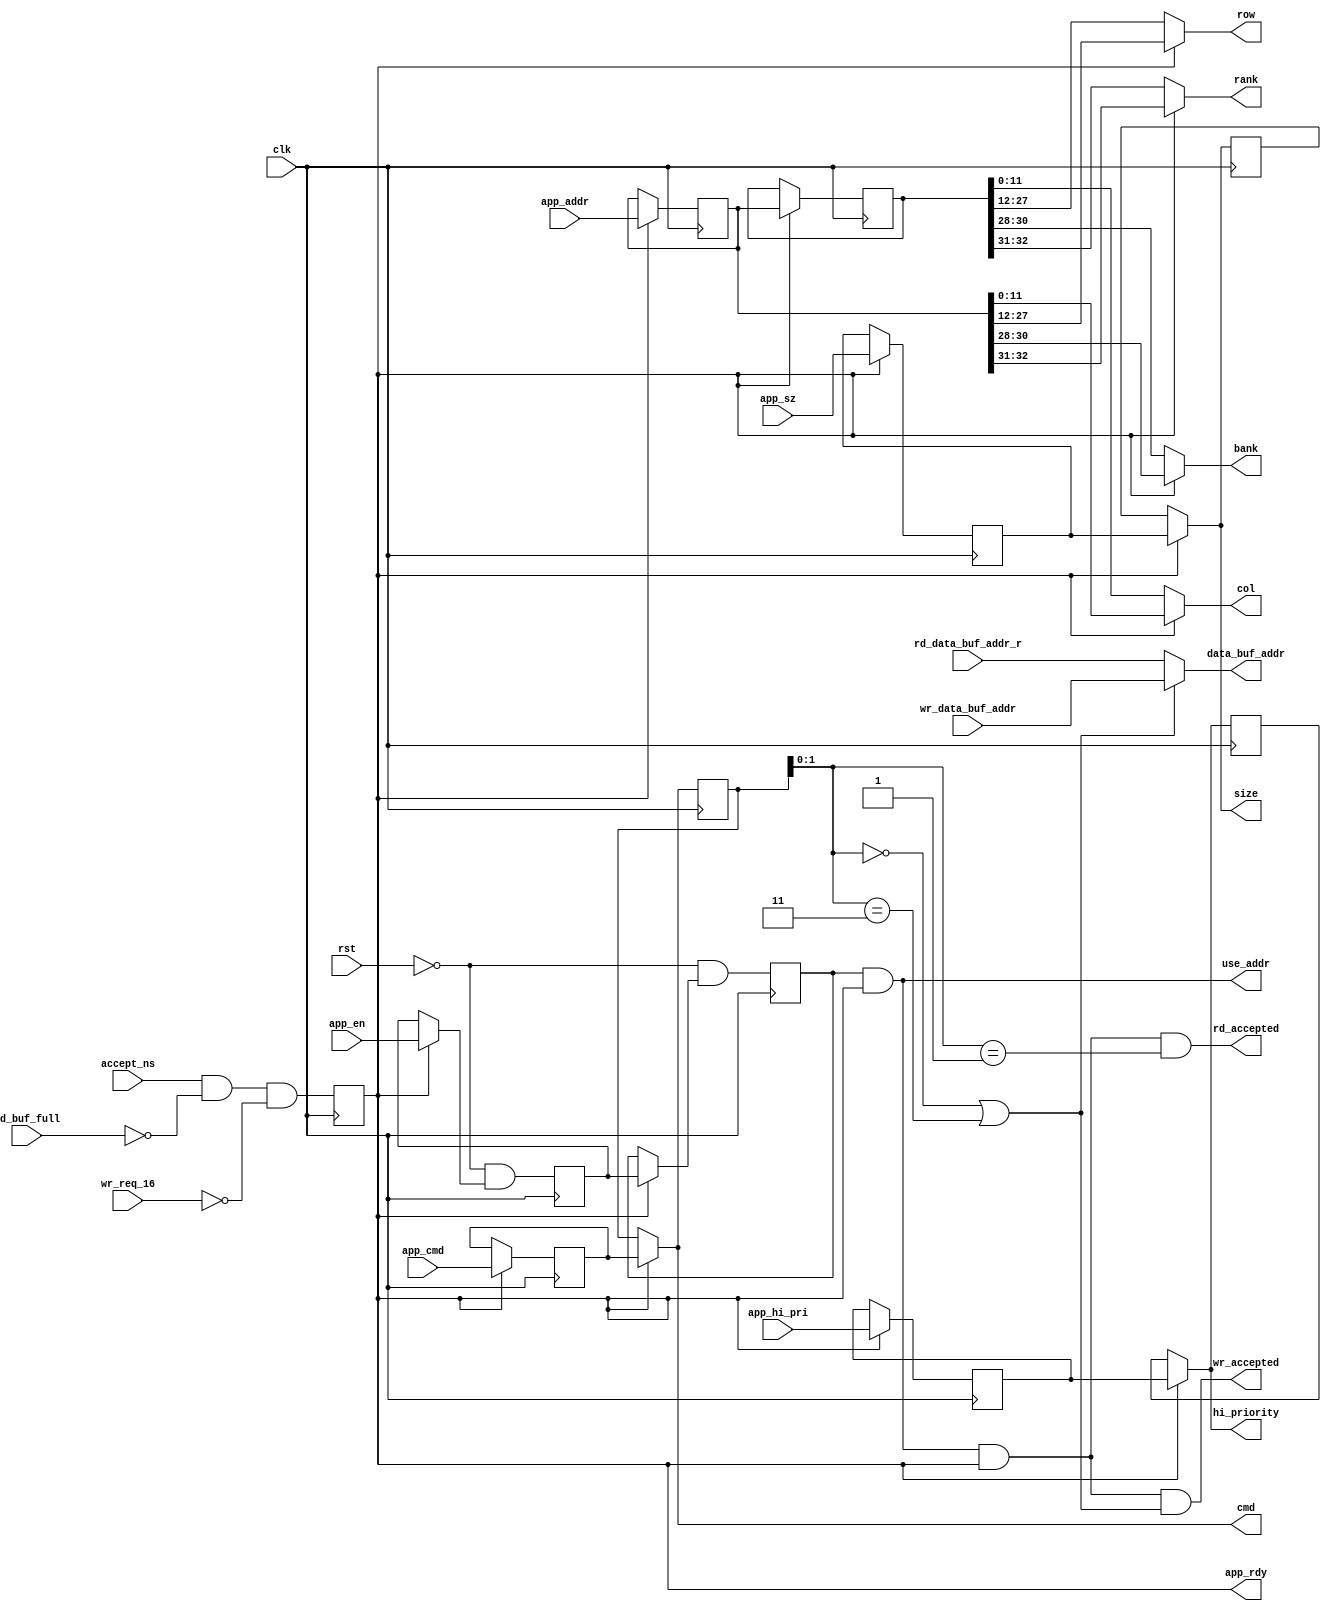
module ui_cmd #
  (
   parameter TCQ = 100,
   parameter ADDR_WIDTH         = 33,
   parameter BANK_WIDTH         = 3,
   parameter COL_WIDTH          = 12,
   parameter RANK_WIDTH         = 2,
   parameter ROW_WIDTH          = 16,
   parameter RANKS              = 4
  )
  (/*AUTOARG*/
  // Outputs
  app_rdy, use_addr, rank, bank, row, col, size, cmd, hi_priority,
  rd_accepted, wr_accepted, data_buf_addr,
  // Inputs
  rst, clk, accept_ns, rd_buf_full, wr_req_16, app_addr, app_cmd,
  app_sz, app_hi_pri, app_en, wr_data_buf_addr, rd_data_buf_addr_r
  );

  input rst;
  input clk;

  input accept_ns;
  input rd_buf_full;
  input wr_req_16;
  wire app_rdy_ns = accept_ns && ~rd_buf_full && ~wr_req_16;
  reg app_rdy_r;
  always @(posedge clk) app_rdy_r <= #TCQ app_rdy_ns;
  output wire app_rdy;
  assign app_rdy = app_rdy_r;

  input [ADDR_WIDTH-1:0] app_addr;
  input [2:0] app_cmd;
  input app_sz;
  input app_hi_pri;
  input app_en;

  reg [ADDR_WIDTH-1:0] app_addr_r1;
  reg [ADDR_WIDTH-1:0] app_addr_r2;
  reg [2:0] app_cmd_r1;
  reg [2:0] app_cmd_r2;
  reg app_sz_r1;
  reg app_sz_r2;
  reg app_hi_pri_r1;
  reg app_hi_pri_r2;
  reg app_en_r1;
  reg app_en_r2;

  wire [ADDR_WIDTH-1:0] app_addr_ns1 = app_rdy_r ? app_addr : app_addr_r1;
  wire [ADDR_WIDTH-1:0] app_addr_ns2 = app_rdy_r ? app_addr_r1 : app_addr_r2;
  wire [2:0] app_cmd_ns1 = app_rdy_r ? app_cmd : app_cmd_r1;
  wire [2:0] app_cmd_ns2 = app_rdy_r ? app_cmd_r1 : app_cmd_r2;
  wire app_sz_ns1 = app_rdy_r ? app_sz : app_sz_r1;
  wire app_sz_ns2 = app_rdy_r ? app_sz_r1 : app_sz_r2;
  wire app_hi_pri_ns1 = app_rdy_r ? app_hi_pri : app_hi_pri_r1;
  wire app_hi_pri_ns2 = app_rdy_r ? app_hi_pri_r1 : app_hi_pri_r2;
  wire app_en_ns1 = ~rst && (app_rdy_r ? app_en : app_en_r1);
  wire app_en_ns2 = ~rst && (app_rdy_r ? app_en_r1 : app_en_r2);

  always @(posedge clk) begin
    app_addr_r1 <= #TCQ app_addr_ns1;
    app_addr_r2 <= #TCQ app_addr_ns2;
    app_cmd_r1 <= #TCQ app_cmd_ns1;
    app_cmd_r2 <= #TCQ app_cmd_ns2;
    app_sz_r1 <= #TCQ app_sz_ns1;
    app_sz_r2 <= #TCQ app_sz_ns2;
    app_hi_pri_r1 <= #TCQ app_hi_pri_ns1;
    app_hi_pri_r2 <= #TCQ app_hi_pri_ns2;
    app_en_r1 <= #TCQ app_en_ns1;
    app_en_r2 <= #TCQ app_en_ns2;
  end // always @ (posedge clk)

  wire use_addr_lcl = app_en_r2 && app_rdy_r;
  output wire use_addr;
  assign use_addr = use_addr_lcl;

  output wire [RANK_WIDTH-1:0] rank;
  output wire [BANK_WIDTH-1:0] bank;
  output wire [ROW_WIDTH-1:0] row;
  output wire [COL_WIDTH-1:0] col;
  output wire size;
  output wire [2:0] cmd;
  output wire hi_priority;

  assign col = app_rdy_r
                 ? app_addr_r1[0+:COL_WIDTH]
                 : app_addr_r2[0+:COL_WIDTH];
  assign row = app_rdy_r
                 ? app_addr_r1[COL_WIDTH+:ROW_WIDTH]
                 : app_addr_r2[COL_WIDTH+:ROW_WIDTH];
  assign bank = app_rdy_r
                  ? app_addr_r1[COL_WIDTH+ROW_WIDTH+:BANK_WIDTH]
                  : app_addr_r2[COL_WIDTH+ROW_WIDTH+:BANK_WIDTH];
  assign rank = (RANKS == 1)
                  ? 1'b0
                  : app_rdy_r
                    ? app_addr_r1[COL_WIDTH+ROW_WIDTH+BANK_WIDTH+:RANK_WIDTH]
                    : app_addr_r2[COL_WIDTH+ROW_WIDTH+BANK_WIDTH+:RANK_WIDTH];
  assign size = app_rdy_r
                  ? app_sz_r1
                  : app_sz_r2;
  assign cmd = app_rdy_r
                 ? app_cmd_r1
                 : app_cmd_r2;
  assign hi_priority = app_rdy_r
                         ? app_hi_pri_r1
                         : app_hi_pri_r2;

  wire request_accepted = use_addr_lcl && app_rdy_r;
  wire rd = app_cmd_r2[1:0] == 2'b01;
  wire wr = app_cmd_r2[1:0] == 2'b00;
  wire wr_bytes = app_cmd_r2[1:0] == 2'b11;
  wire write = wr || wr_bytes;
  output wire rd_accepted;
  assign rd_accepted = request_accepted && rd;
  output wire wr_accepted;
  assign wr_accepted = request_accepted && write;

  input [3:0] wr_data_buf_addr;
  input [3:0] rd_data_buf_addr_r;
  output wire [3:0] data_buf_addr;

  assign data_buf_addr = ~write ? rd_data_buf_addr_r : wr_data_buf_addr;

endmodule